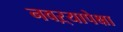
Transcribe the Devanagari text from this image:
नवऱ्यापेक्षा